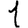
Digit: 1